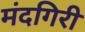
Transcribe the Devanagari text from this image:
मंदगिरी